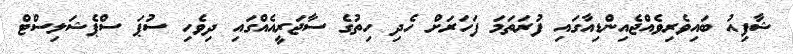
ޝާފިއު ބައިވެރިވެއްޖެއިންޑިއާގައި ފުރަތަމަ ފަހަރަށް ހެދި ހިތުގެ ސާޖަރީއެއްގައި ދިވެހި ސުޕަ ސްޕެޝަލިސްޓް